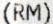
(RM)